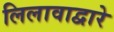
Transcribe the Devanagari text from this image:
लिलावाद्वारे